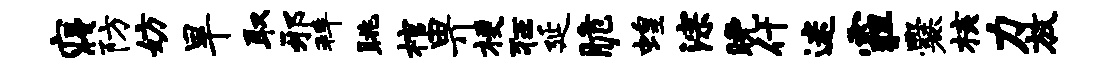
寝防妨旱取邪拜眺棺畀梗狂延脆蝗淙晚什迷霾爨核力放